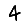
Digit: 4